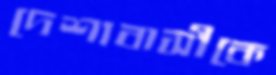
দেশাবাসীকে